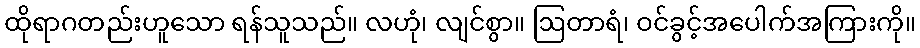
ထိုရာဂတည်းဟူသော ရန်သူသည်။ လဟုံ၊ လျင်စွာ။ ဩတာရံ၊ ဝင်ခွင့်အပေါက်အကြားကို။